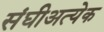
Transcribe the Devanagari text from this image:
संघीअत्येक